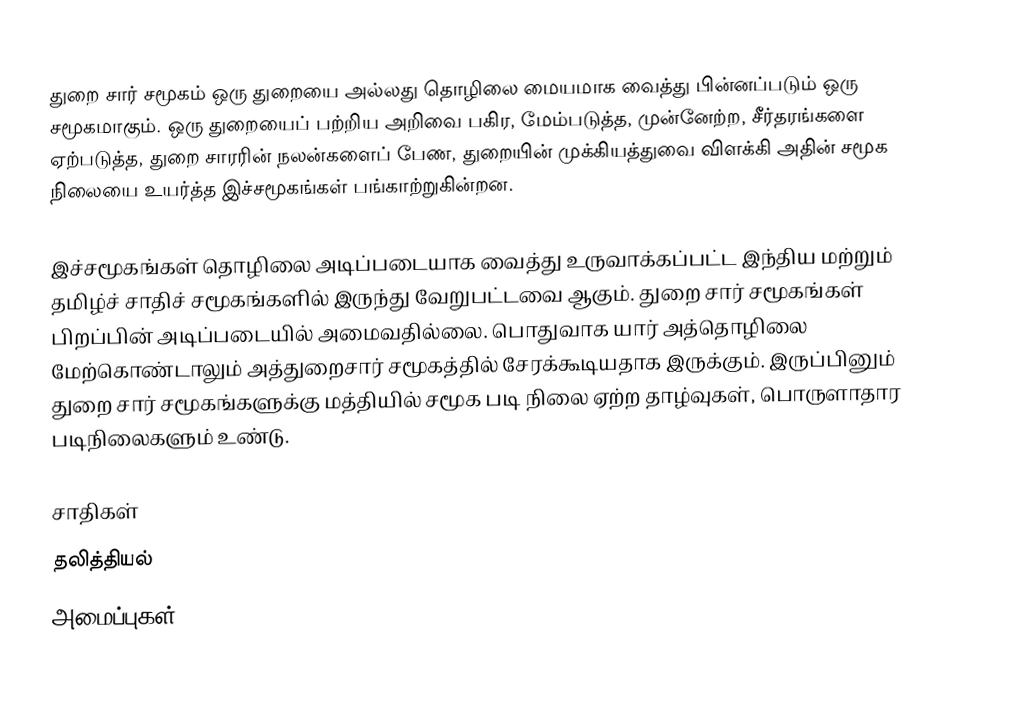
துறை சார் சமூகம் ஒரு துறையை அல்லது தொழிலை மையமாக வைத்து பின்னப்படும் ஒரு சமூகமாகும்.  ஒரு துறையைப் பற்றிய அறிவை பகிர, மேம்படுத்த, முன்னேற்ற, சீர்தரங்களை ஏற்படுத்த, துறை சாரரின் நலன்களைப் பேண, துறையின் முக்கியத்துவை விளக்கி அதின் சமூக நிலையை உயர்த்த இச்சமூகங்கள் பங்காற்றுகின்றன.

இச்சமூகங்கள் தொழிலை அடிப்படையாக வைத்து உருவாக்கப்பட்ட இந்திய மற்றும் தமிழ்ச் சாதிச் சமூகங்களில் இருந்து வேறுபட்டவை ஆகும்.  துறை சார் சமூகங்கள் பிறப்பின் அடிப்படையில் அமைவதில்லை.  பொதுவாக யார் அத்தொழிலை மேற்கொண்டாலும் அத்துறைசார் சமூகத்தில் சேரக்கூடியதாக இருக்கும்.  இருப்பினும் துறை சார் சமூகங்களுக்கு மத்தியில் சமூக படி நிலை ஏற்ற தாழ்வுகள், பொருளாதார படிநிலைகளும் உண்டு.

சாதிகள்
தலித்தியல்
அமைப்புகள்